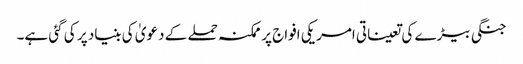
جنگی بیڑے کی تعیناتی امریکی افواج پر ممکنہ حملے کے دعویٰ کی بنیاد پر کی گئی ہے۔